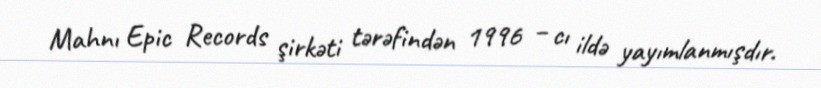
Mahnı Epic Records şirkəti tərəfindən 1996 – cı ildə yayımlanmışdır.